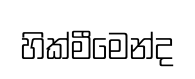
හික්මීමෙන්ද